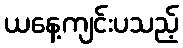
ယနေ့ကျင်းပသည့်